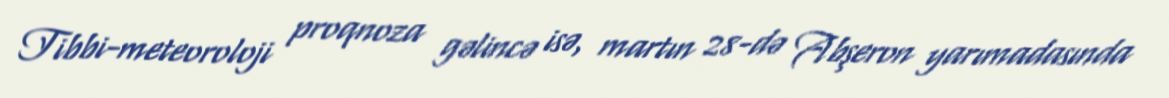
Tibbi-meteoroloji proqnoza gəlincə isə, martın 28-də Abşeron yarımadasında